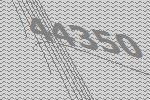
44350